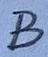
Text: B